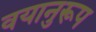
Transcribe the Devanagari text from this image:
वयानुरूप